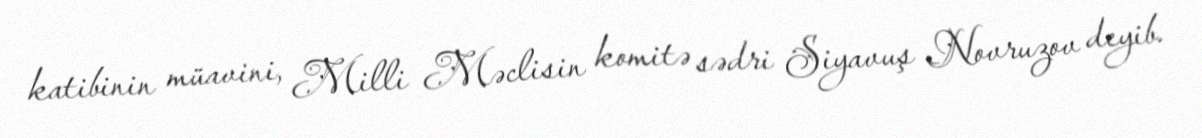
katibinin müavini, Milli Məclisin komitə sədri Siyavuş Novruzov deyib.